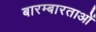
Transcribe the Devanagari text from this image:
बारम्बारताओं